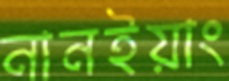
নানইয়াং